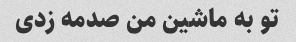
تو به ماشین من صدمه زدی